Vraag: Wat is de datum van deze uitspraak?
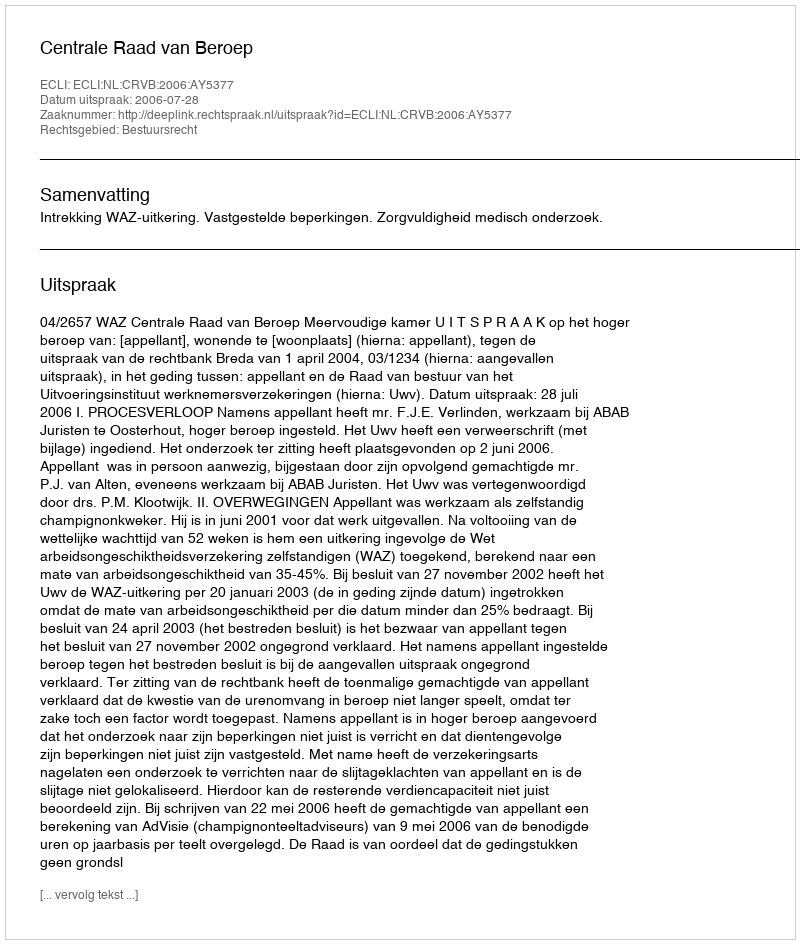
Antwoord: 2006-07-28